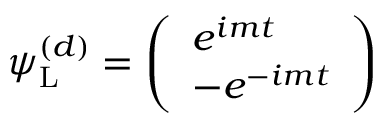
\psi _ { \mathrm { { L } } } ^ { ( d ) } = { \left( \begin{array} { l } { e ^ { i m t } } \\ { - e ^ { - i m t } } \end{array} \right) }